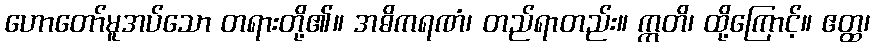
ဟောတော်မူအပ်သော တရားတို့၏။ အဓိကရဏံ၊ တည်ရာတည်း။ ဣတိ၊ ထို့ကြောင့်။ ဧတ္ထ၊